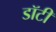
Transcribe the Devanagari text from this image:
डॉटी